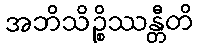
အဘိသိဉ္စိဿန္တီတိ